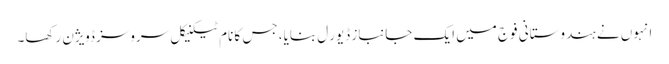
انہوں نے ہندوستانی فوج میں ایک جانباز ڈیورَل بنایا، جس کا نام ٹیکنیکل سروسز ڈویژن رکھا۔